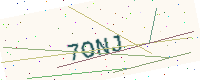
Text: 7ONJ